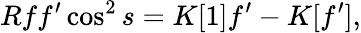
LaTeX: Rff^{\prime}\cos^{2}s=K[1]f^{\prime}-K[f^{\prime}],